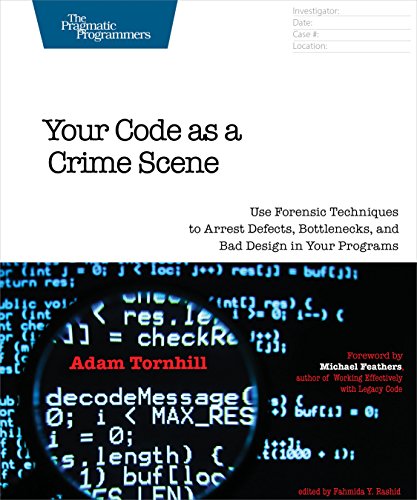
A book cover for Your Code as a Crime Scene: Use Forensic Techniques to Arrest Defects, Bottlenecks, and Bad Design in Your Programs (The Pragmatic Programmers); Adam Tornhill; Computers & Technology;